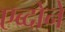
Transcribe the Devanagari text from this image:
एब्दोने